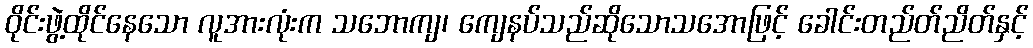
ဝိုင်းဖွဲ့ထိုင်နေသော လူအားလုံးက သဘောကျ၊ ကျေနပ်သည်ဆိုသောသအောဖြင့် ခေါင်းတည်တ်ညိတ်နှင့်